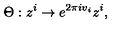
\Theta : z ^ { i } \rightarrow e ^ { 2 \pi i v _ { i } } z ^ { i } ,